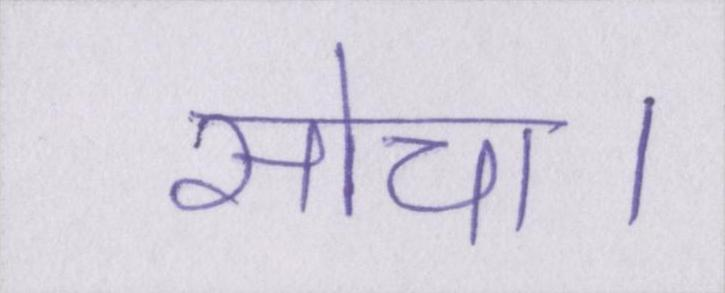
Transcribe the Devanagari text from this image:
सोचा।